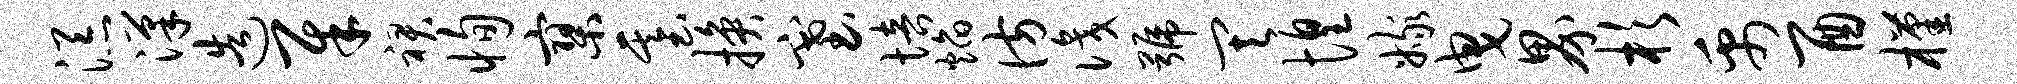
添汉造犀裙恂寥基换塞培焰彷识号其惶嫁曳界杉禹酉槿